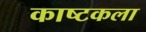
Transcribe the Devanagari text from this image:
काष्टकला